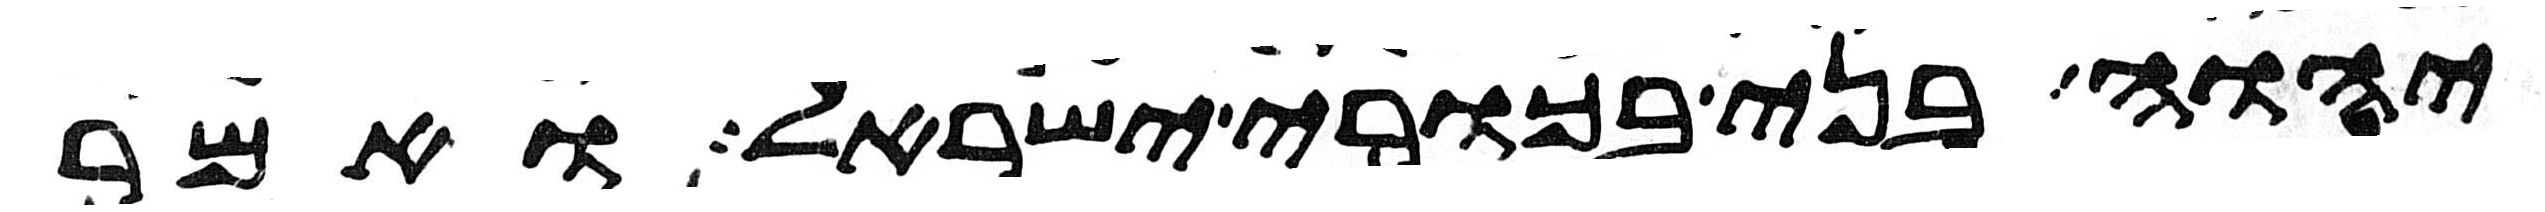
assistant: יהוה בני בכורי ישראל ואמר